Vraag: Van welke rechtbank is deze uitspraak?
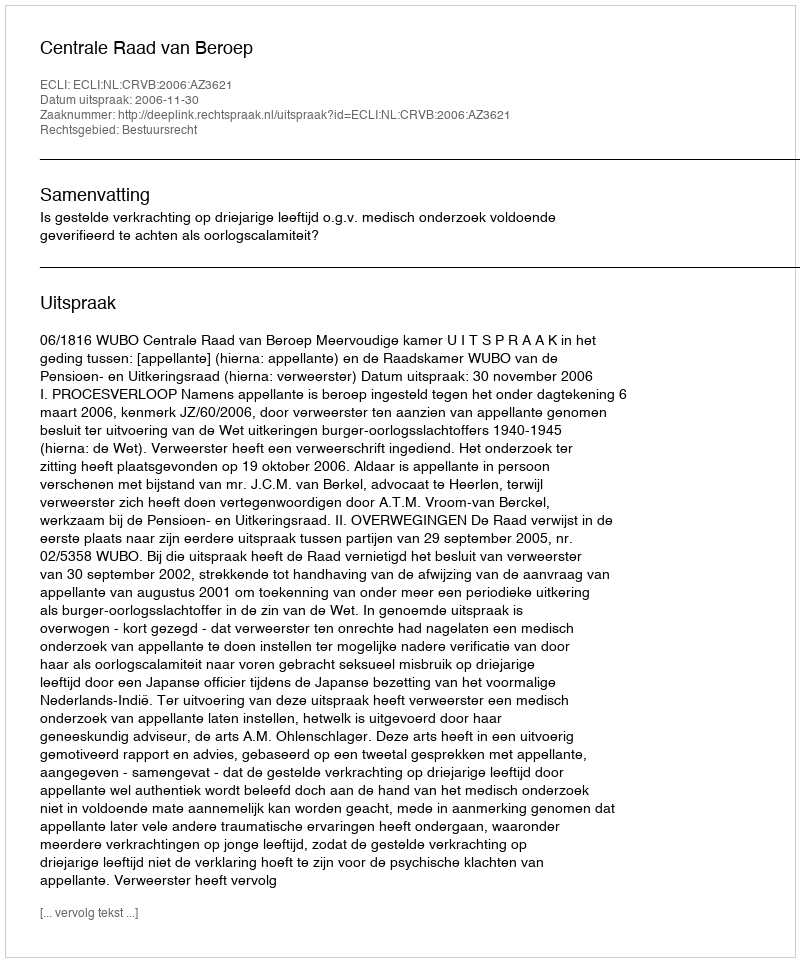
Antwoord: Centrale Raad van Beroep